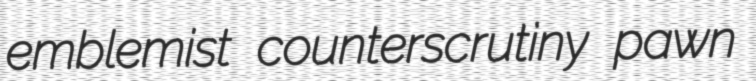
emblemist counterscrutiny pawn